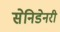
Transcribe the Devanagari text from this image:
सेनिडेनरी